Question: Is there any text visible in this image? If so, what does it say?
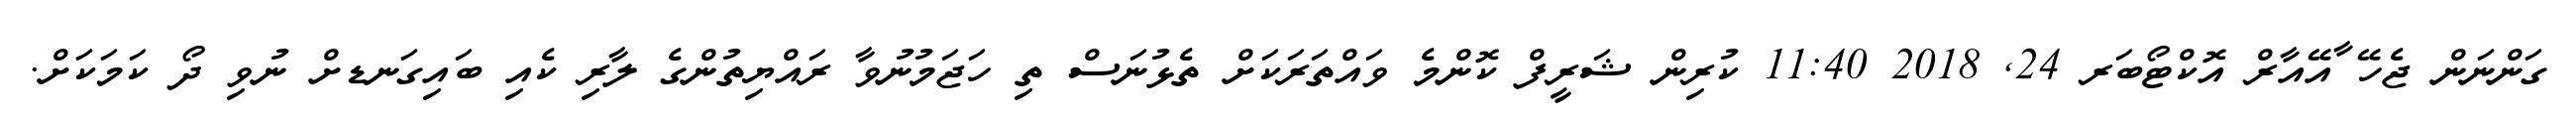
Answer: ގަންނަން ޖެހޭ ާއޭއާރް އޮކްޓޯބަރ 24, 2018 11:40 ކުރިން ޝަރީފް ކޮންމެ ވައްތަރަކަށް ތެޅުނަސް ތި ހަޖަމުނުވާ ރައްޔިތުންގެ ލާރި ކެއި ބައިގަނޑށް ނުވި ދޯ ކަމަކަށް.